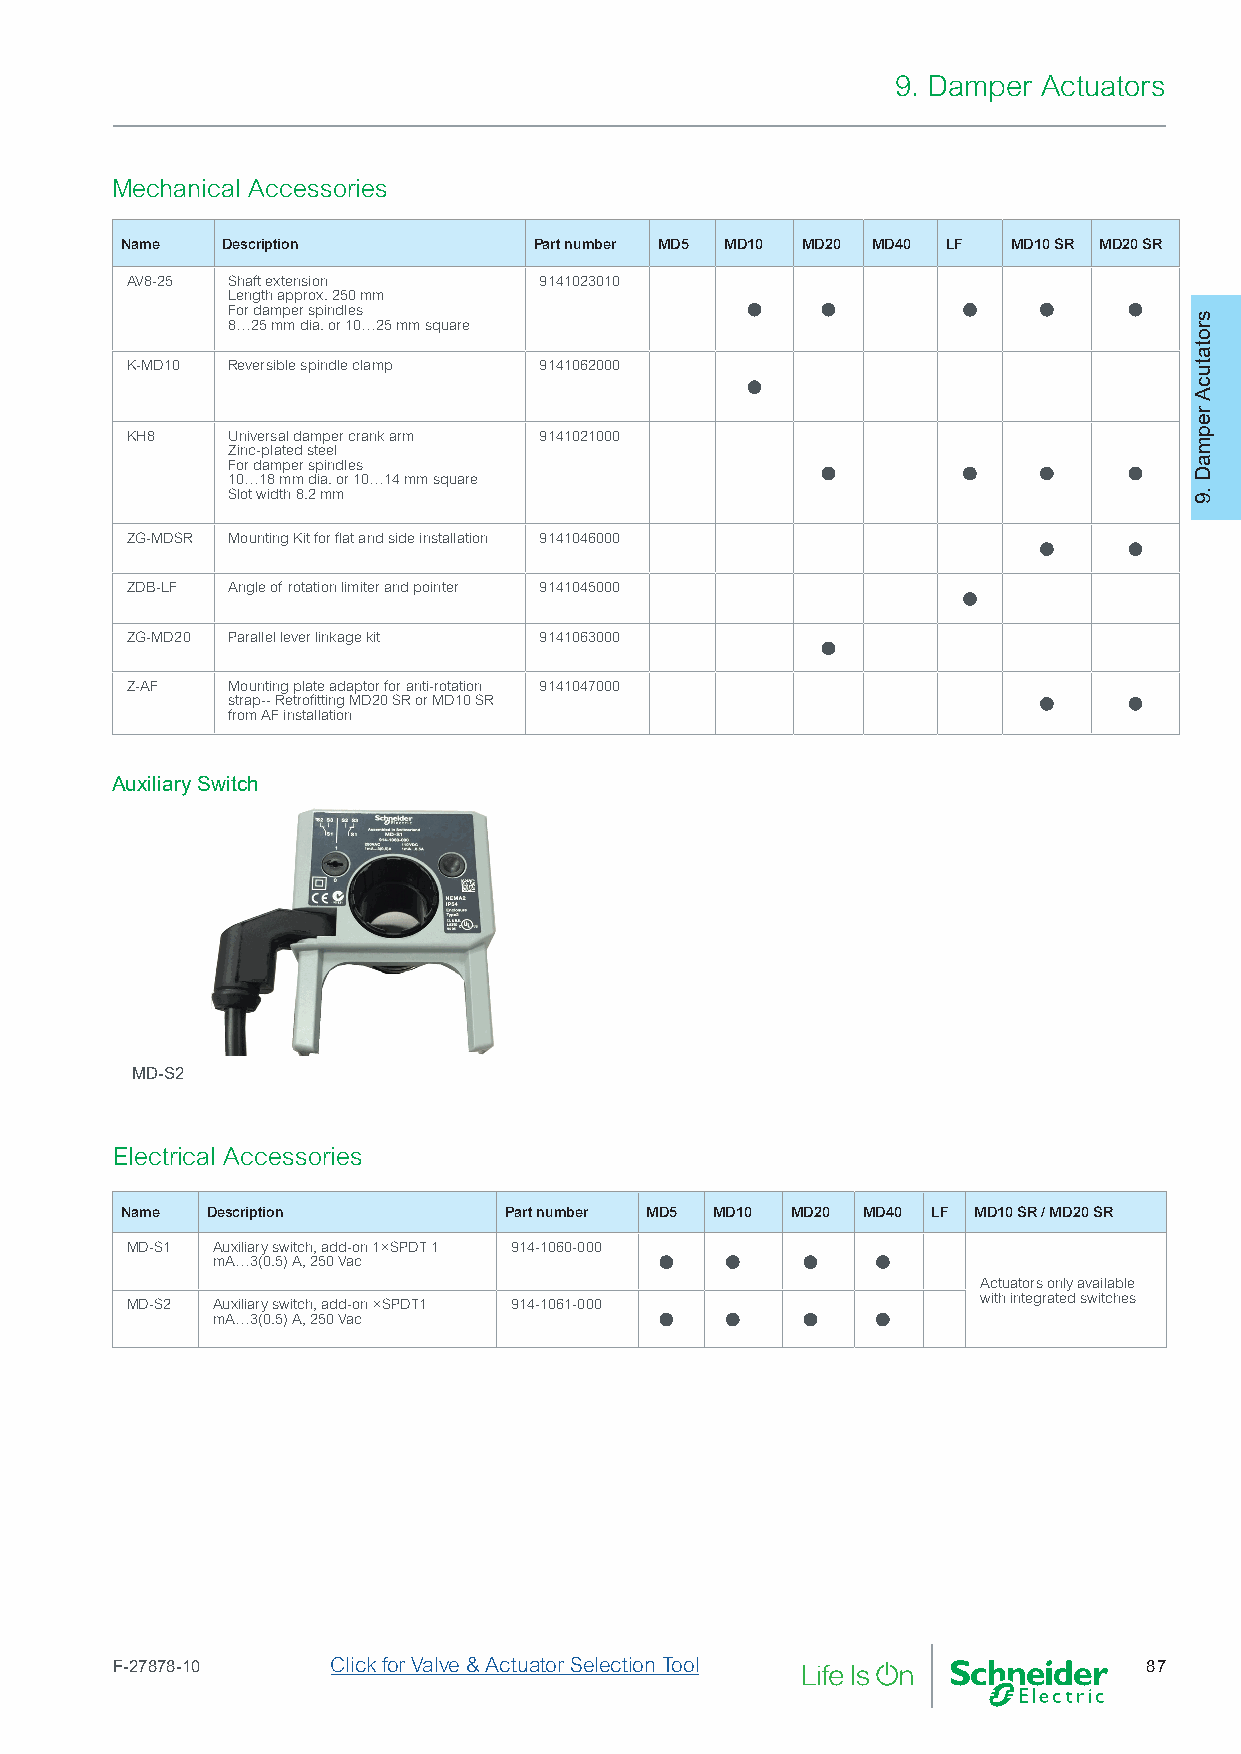
9. Damper Actuators
 Mechanical Accessories
 Name   Description         Part number MD5 MD10 MD20 MD40 LF MD10 SR MD20 SR
 AV8-25 Shaft extension      9141023010
 Length approx. 250 mm             •    •        •    •     •
 For damper spindles
 8…25 mm dia. or 10…25 mm square
 K-MD10 Reversible spindle clamp 9141062000 •
 KH8    Universal damper crank arm 9141021000
 Zinc-plated steel                      •        •    •     •
 For damper spindles
 10…18 mm dia. or 10…14 mm square
 Slot width 8.2 mm
 •     •
 ZG-MDSR Mounting Kit for flat and side installation 9141046000
 ZDB-LF Angle of rotation limiter and pointer 9141045000 •
 •
 ZG-MD20 Parallel lever linkage kit 9141063000
 Z-AF   Mounting plate adaptor for anti-rotation 9141047000  •     •
 strap-- Retrofitting MD20 SR or MD10 SR
 from AF installation
 Auxiliary Switch
 MD-S2
 Electrical Accessories
 Name  Description        Part number MD5 MD10 MD20 MD40 LF MD10 SR / MD20 SR
 MD-S1 Auxiliary switch, add-on 1×SPDT 1 914-1060-000 • • • •
 mA…3(0.5) A, 250 Vac
 Actuators only available
 MD-S2 Auxiliary switch, add-on ×SPDT1 914-1061-000 • • • • with integrated switches
 mA…3(0.5) A, 250 Vac
 F-27878-10     Click for Valve & Actuator Selection Tool             87
 srotatucA
 repmaD
 .9